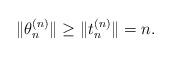
LaTeX: \begin{align*}\|\theta_n^{(n)}\|\geq \|t_n^{(n)}\|=n.\end{align*}